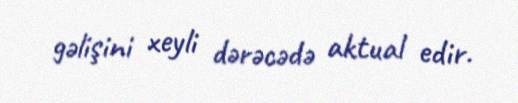
gəlişini xeyli dərəcədə aktual edir.